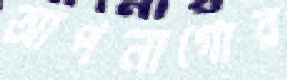
আপনাগোর